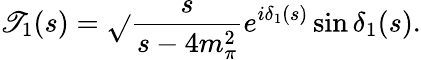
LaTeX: \mathscr{T}_{1}(s)=\sqrt{}{{\frac{{s}}{{s-4m_{\pi}^{2}}}}}e^{i\delta_{1}(s)}\sin\delta_{1}(s).